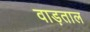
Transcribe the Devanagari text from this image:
वाड़ताल